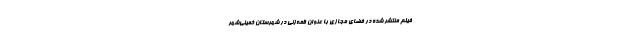
فیلم منتشر شده در فضای مجازی با عنوان قمه‌زنی در شهرستان خمینی‌شهر